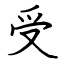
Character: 受